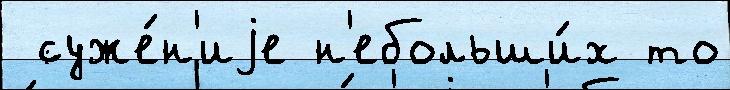
 суже́н'иjе н'ебольши́х то